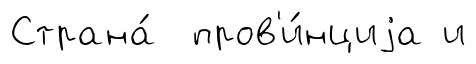
Страна́ пров'и́нциjа и